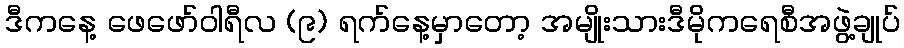
ဒီကနေ့ ဖေဖော်ဝါရီလ (၉) ရက်နေ့မှာတော့ အမျိုးသားဒီမိုကရေစီအဖွဲ့ချုပ်